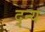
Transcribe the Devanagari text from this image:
द्न्य